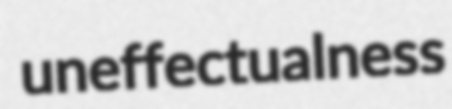
uneffectualness